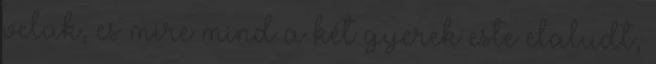
velük, es mire mind a két gyerek este elaludt,